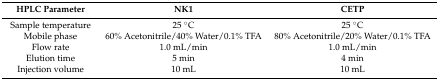
<table><thead><tr><td><b>HPLC Parameter</b></td><td><b>NK1</b></td><td><b>CETP</b></td></tr></thead><tbody><tr><td>Sample temperature</td><td>25 °C</td><td>25 °C</td></tr><tr><td>Mobile phase</td><td>60% Acetonitrile/40% Water/0.1% TFA</td><td>80% Acetonitrile/20% Water/0.1% TFA</td></tr><tr><td>Flow rate</td><td>1.0 mL/min</td><td>1.0 mL/min</td></tr><tr><td>Elution time</td><td>5 min</td><td>4 min</td></tr><tr><td>Injection volume</td><td>10 mL</td><td>10 mL</td></tr></tbody></table>